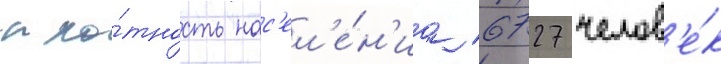
пло́тность нас'ел'е́н'иа 6727 челов'е́к